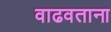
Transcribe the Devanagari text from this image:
वाढवताना